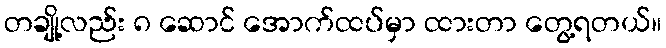
တချို့လည်း ၈ ဆောင် အောက်ထပ်မှာ ထားတာ တွေ့ရတယ်။